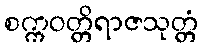
စက္ကဝတ္တိရာဇသုတ္တံ